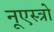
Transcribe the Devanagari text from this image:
नूएस्त्रो